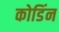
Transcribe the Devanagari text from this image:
कोडिंन